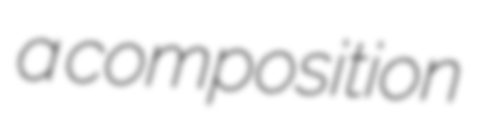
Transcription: a composition